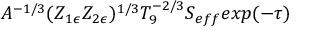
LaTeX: A ^ { - 1 / 3 } ( Z _ { 1 \epsilon } Z _ { 2 \epsilon } ) ^ { 1 / 3 } T _ { 9 } ^ { - 2 / 3 } S _ { e f f } e x p ( - \tau )